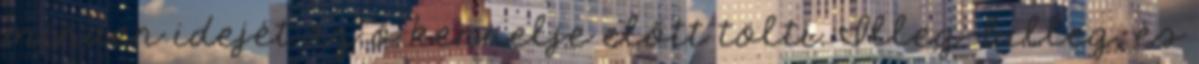
minden idejét az ő kennelje előtt tölti. Illeg-billeg, és